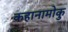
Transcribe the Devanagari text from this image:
कहानामोकु